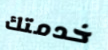
خدمتك